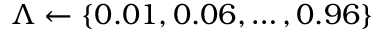
\Lambda \gets \{ 0 . 0 1 , 0 . 0 6 , \ldots , 0 . 9 6 \}